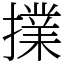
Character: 擈